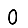
Digit: 0